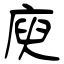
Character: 庾